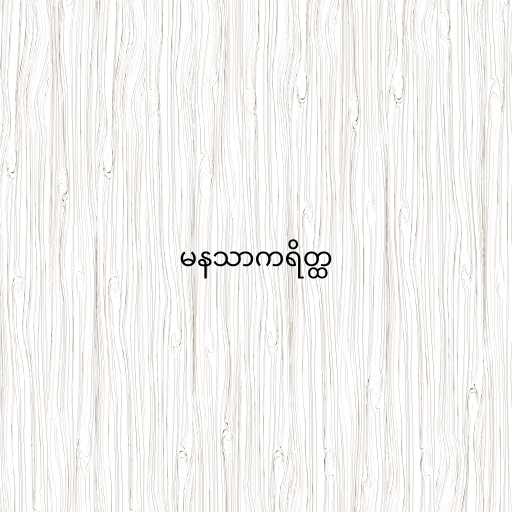
မနသာကရိတ္ထ